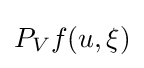
P_{V}f(u,\xi )